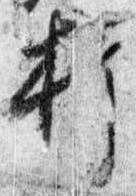
打